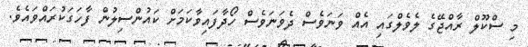
މި ސްކޫލް ރާއްޖޭގެ ލެވެލްގައި އެއް ވަނަވެސް ދެވަނަވެސް ހޯދާފައިވާކަމަށް ކައުންސިލުން ފާހަގަކުރައްވައެވެ.